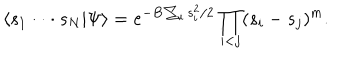
\langle s _ { 1 } \cdot \cdot \cdot s _ { N } | \Psi \rangle = e ^ { - B \sum _ { i } s _ { i } ^ { 2 } / 2 } \prod _ { i < j } ( s _ { i } - s _ { j } ) ^ { m } .